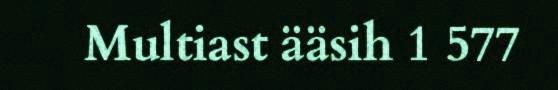
Multiast ääsih 1 577